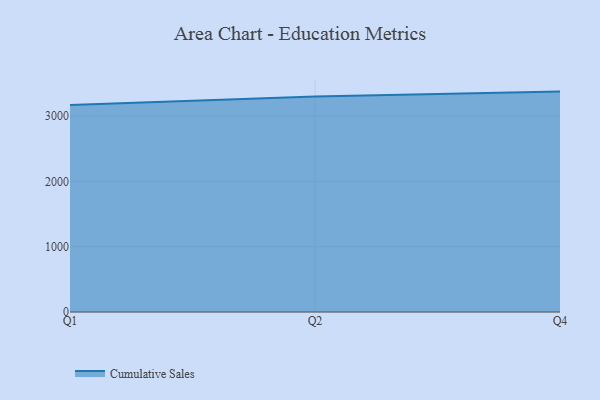
{"axis": {"x": "Quarter", "y": "Gross Profit (USD K)"}, "legend": ["Cumulative Sales"], "data": [{"x": "Q1", "y": 3170.0, "type": "Cumulative Sales"}, {"x": "Q2", "y": 3300.2, "type": "Cumulative Sales"}, {"x": "Q4", "y": 3374.6, "type": "Cumulative Sales"}]}